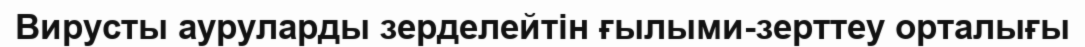
Вирусты ауруларды зерделейтін ғылыми-зерттеу орталығы